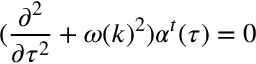
( \frac { \partial ^ { 2 } } { \partial \tau ^ { 2 } } + \omega ( k ) ^ { 2 } ) \alpha ^ { t } ( \tau ) = 0